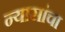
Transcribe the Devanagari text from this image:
न्यासांचा